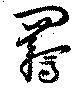
羈